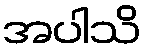
အပါသိ